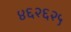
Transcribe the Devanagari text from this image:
४६२६२५